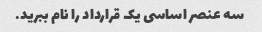
سه عنصر اساسی یک قرارداد را نام ببرید.